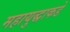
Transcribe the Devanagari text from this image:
महायुद्धाकडे